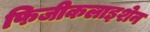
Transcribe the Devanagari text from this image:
फिजीकलाइशेन